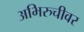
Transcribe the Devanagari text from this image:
अभिरुचीवर